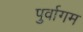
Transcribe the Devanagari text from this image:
पुर्वागम